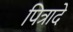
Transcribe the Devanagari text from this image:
पित्रादे